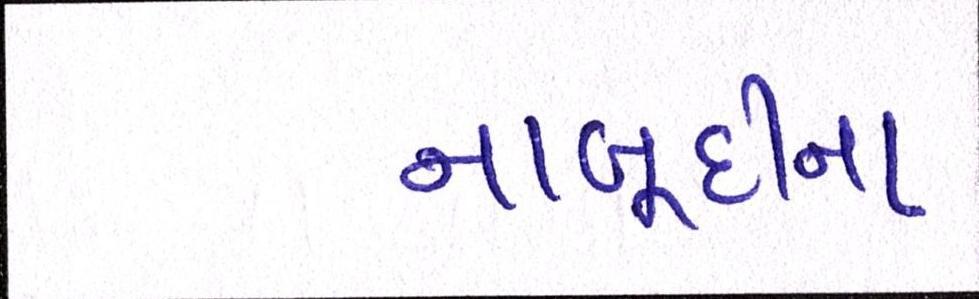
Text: નાબૂદીના